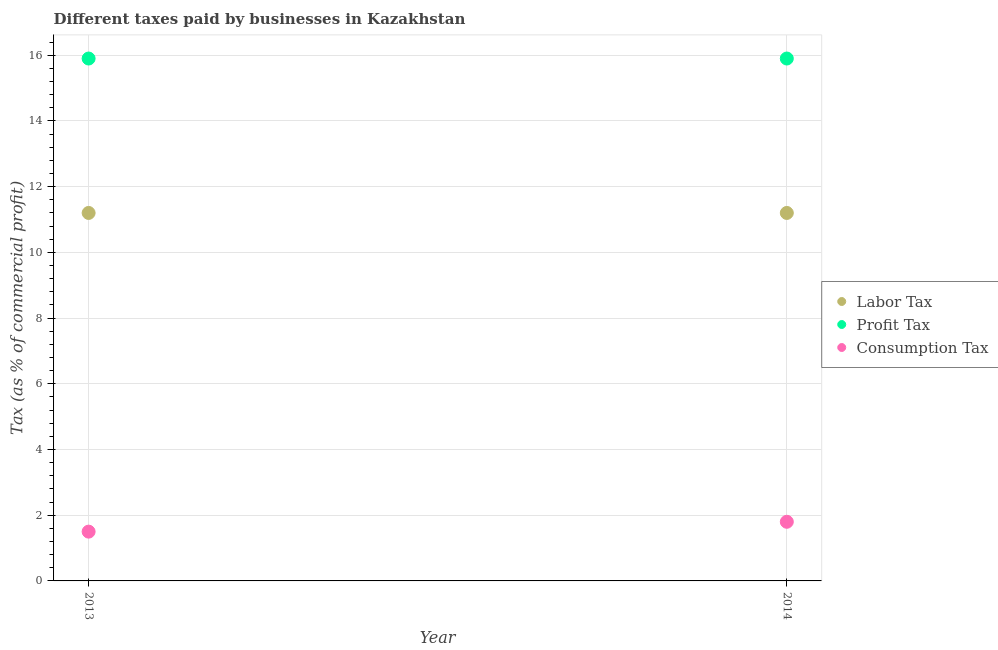
| Year | Labor Tax | Profit Tax | Consumption Tax |
 | --- | --- | --- | --- |
 | 2013 | 11.2 | 15.9 | 1.5 |
 | 2014 | 11.2 | 15.9 | 1.8 |